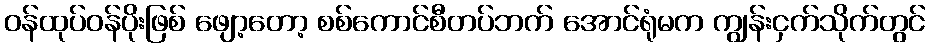
ဝန်ထုပ်ဝန်ပိုးဖြစ် ဖျော့တော့ စစ်ကောင်စီတပ်ဘက် အောင်ရုံမက ကျွန်းငှက်သိုက်တွင်